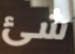
شئ